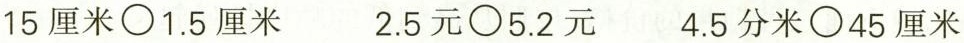
$$15厘米\bigcirc1.5厘米$$ $$2.5元\bigcirc5.2元$$ $$4.5分米\bigcirc45厘米$$